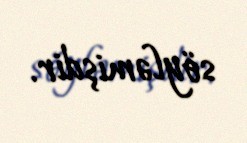
söyləmişdir.